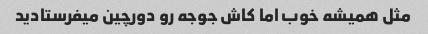
مثل همیشه خوب اما کاش جوجه رو دورچین میفرستادید